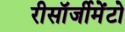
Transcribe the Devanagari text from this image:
रीसॉर्जीमेंटो